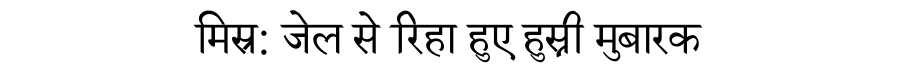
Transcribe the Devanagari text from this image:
मिस्र: जेल से रिहा हुए हुस्नी मुबारक